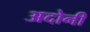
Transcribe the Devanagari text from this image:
अदोनी